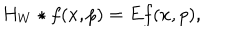
LaTeX: H _ { W } \star f ( x , p ) = E f ( x , p ) ,